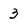
Character: 3